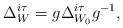
LaTeX: \begin{gather*}\Delta_{W}^{i\tau}=g\Delta_{W_{0}}^{i\tau}g^{-1},\end{gather*}